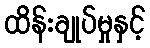
ထိန်းချုပ်မှုနှင့်